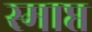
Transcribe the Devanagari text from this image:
स्माप्त